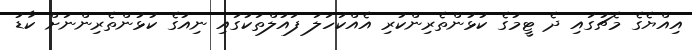
އިއްޔެގެ މެޗުގައި ދެ ޓީމުގެ ކުޅުންތެރިންކުރި އެއްކަހަލަ ފައުލްތަކުގައި ނިއުގެ ކުޅުންތެރިންނަށް ކާޑު